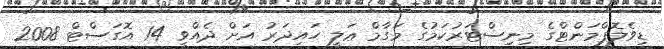
ޑިވެލޮޕްމަންޓްގެ މިނިސްޓަރުކަމުގެ މަގާމް ޢަލީ ހައިދަރު އަށް ދެއްވީ 14 އޮގަސްޓް 2008